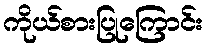
ကိုယ်စားပြုကြောင်း